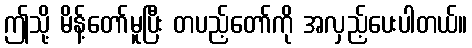
ဤသို့ မိန့်တော်မူပြီး တပည့်တော်ကို အလှည့်ပေးပါတယ်။